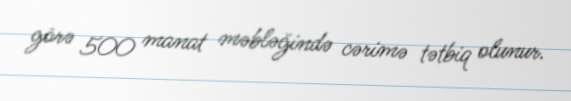
görə 500 manat məbləğində cərimə tətbiq olunur.